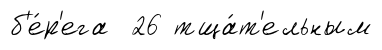
б'е́р'ега 26 тща́т'ельным